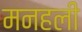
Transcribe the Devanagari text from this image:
मनहली